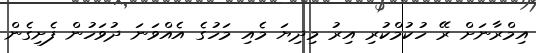
އިމްރާނަށް ރޭ ހުކުމްކުރި އިރު މިދިޔަ މެއި މަހުގެ އެއްވަނަ ދުވަހުން ފެށިގެން